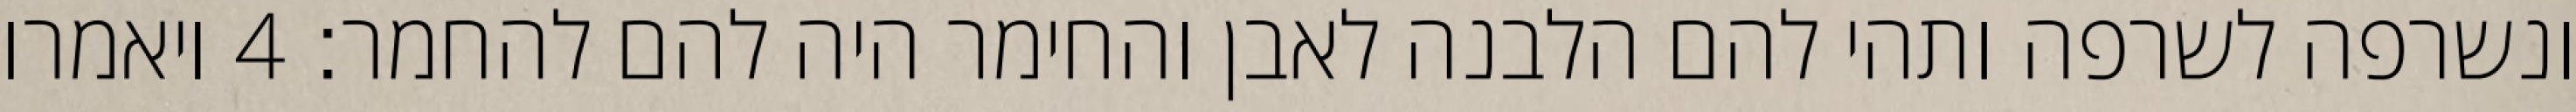
ונשרפה לשרפה ותהי להם הלבנה לאבן והחימר היה להם להחמר׃ ‎4‏ ויאמרו